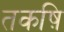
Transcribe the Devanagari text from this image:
तकष़ि